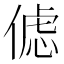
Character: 𰂦